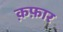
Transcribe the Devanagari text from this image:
क़फ़ार